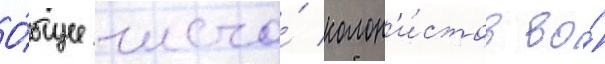
О́бщее число́ колон'и́стов во́